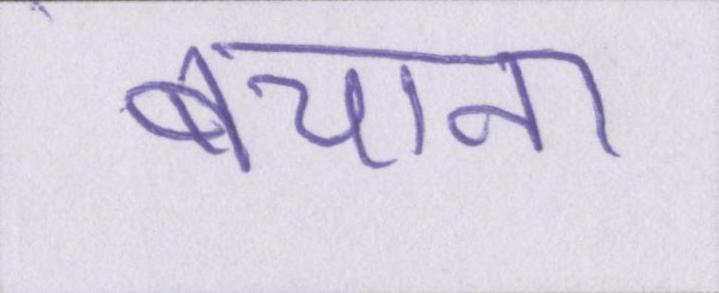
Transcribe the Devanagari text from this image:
बचाना